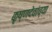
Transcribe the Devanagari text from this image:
कृष्णदेवांच्या